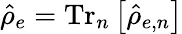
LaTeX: \hat{\rho}_{e}=\mathrm{Tr}_{n}\left[\hat{\rho}_{e,n}\right]